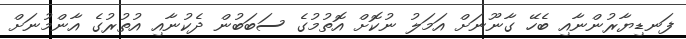
ފަނޑިޔާރުންނާއި ބެހޭ ގާނޫނަށް އަމަލު ނުކޮށް އޮތުމުގެ ސަބަބުން ދެކުނާއި އުތުރުގެ އާންމުނަށް